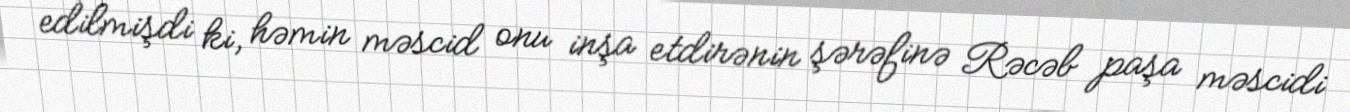
edilmişdi ki, həmin məscid onu inşa etdirənin şərəfinə Rəcəb paşa məscidi